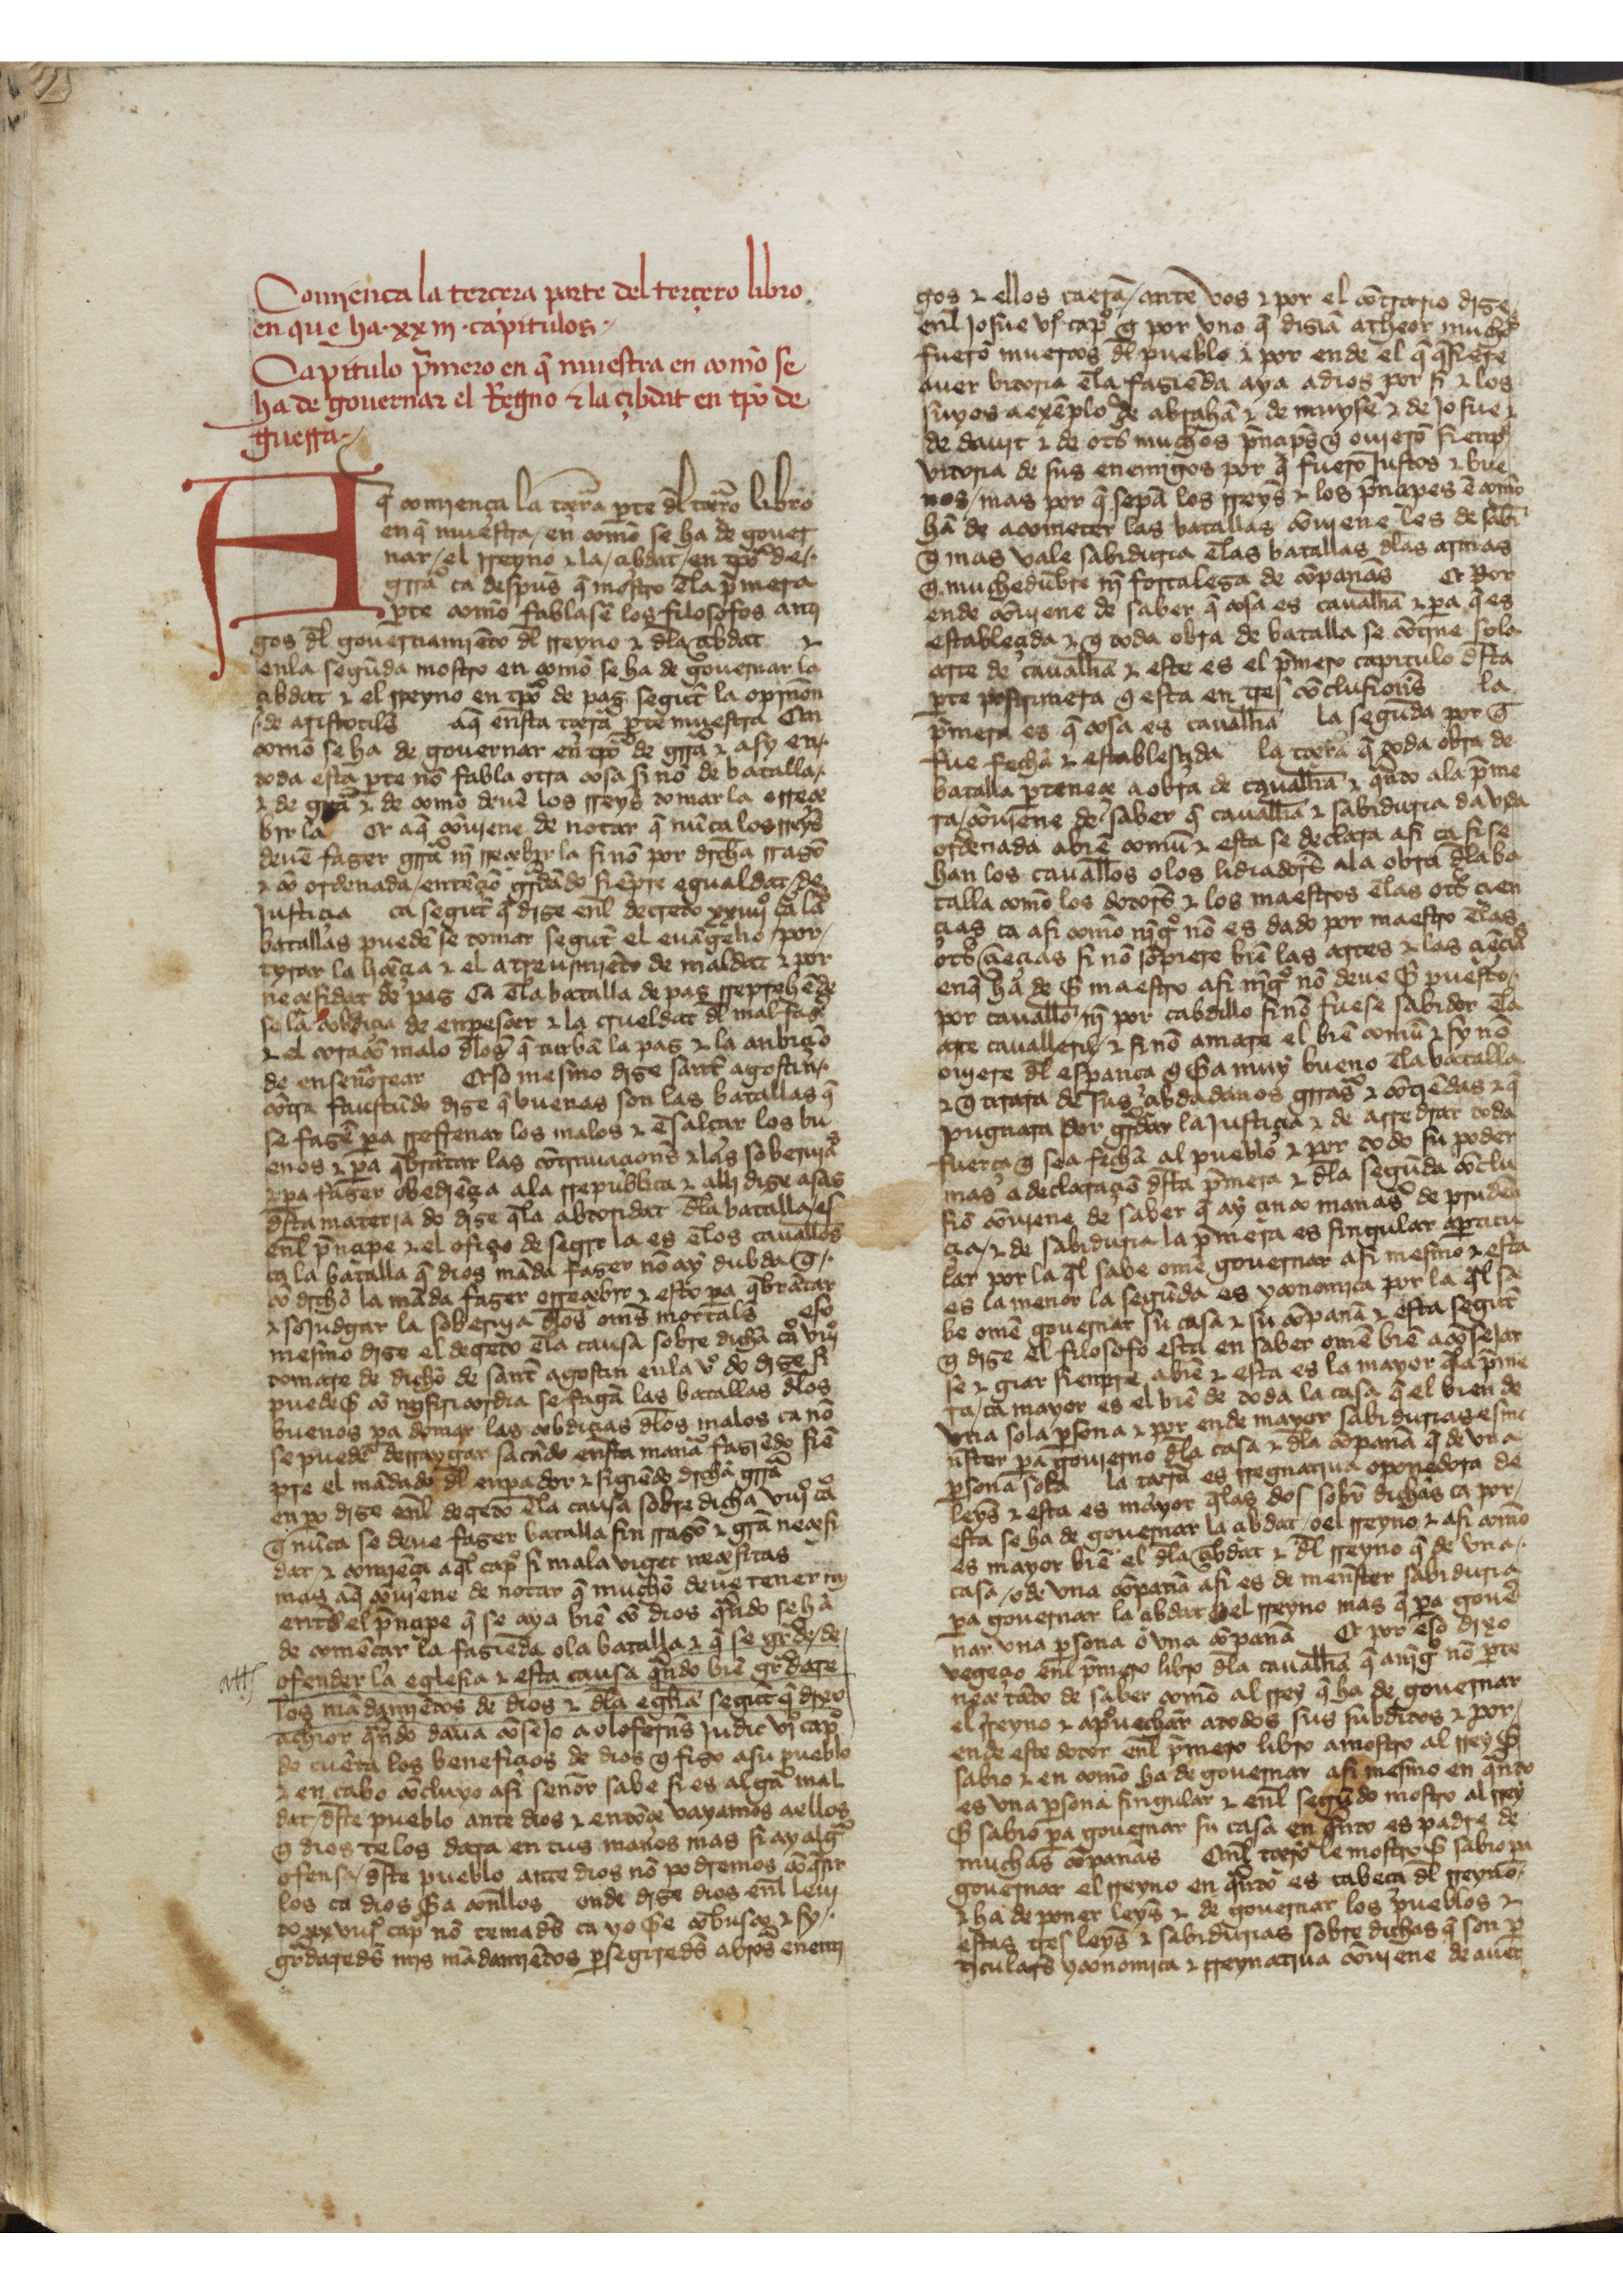
Shelfmark: San Lorenzo de El Escorial, RBME, K.I.5
Century: 15